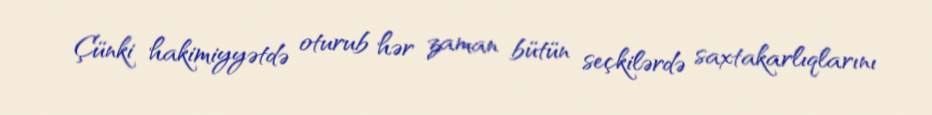
Çünki hakimiyyətdə oturub hər zaman bütün seçkilərdə saxtakarlıqlarını